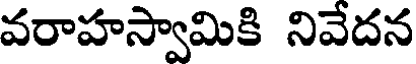
వరాహస్వామికి నివేదన